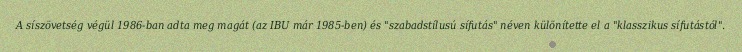
A síszövetség végül 1986-ban adta meg magát (az IBU már 1985-ben) és "szabadstílusú sífutás" néven különítette el a "klasszikus sífutástól".